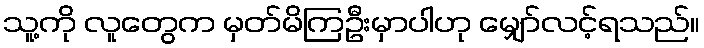
သူ့ကို လူတွေက မှတ်မိကြဦးမှာပါဟု မျှော်လင့်ရသည်။